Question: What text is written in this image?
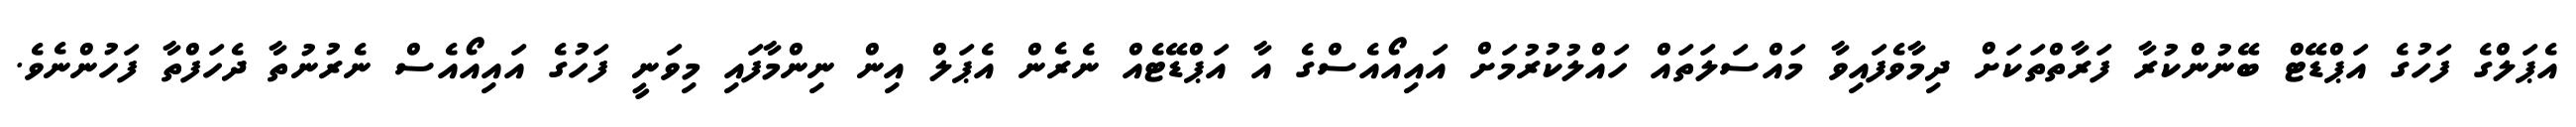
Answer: އެޕަލްގެ ފަހުގެ އަޕްޑޭޓް ބޭނުންކުރާ ފަރާތްތަކަށް ދިމާވެފައިވާ މައްސަލަތައް ހައްލުކުރުމަށް އައިއޯއެސްގެ އާ އަޕްޑޭޓެއް ނެރެން އެޕަލް އިން ނިންމާފައި މިވަނީ ފަހުގެ އައިއޯއެސް ނެރުނުތާ ދެހަފްތާ ފަހުންނެވެ.